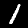
Digit: 1